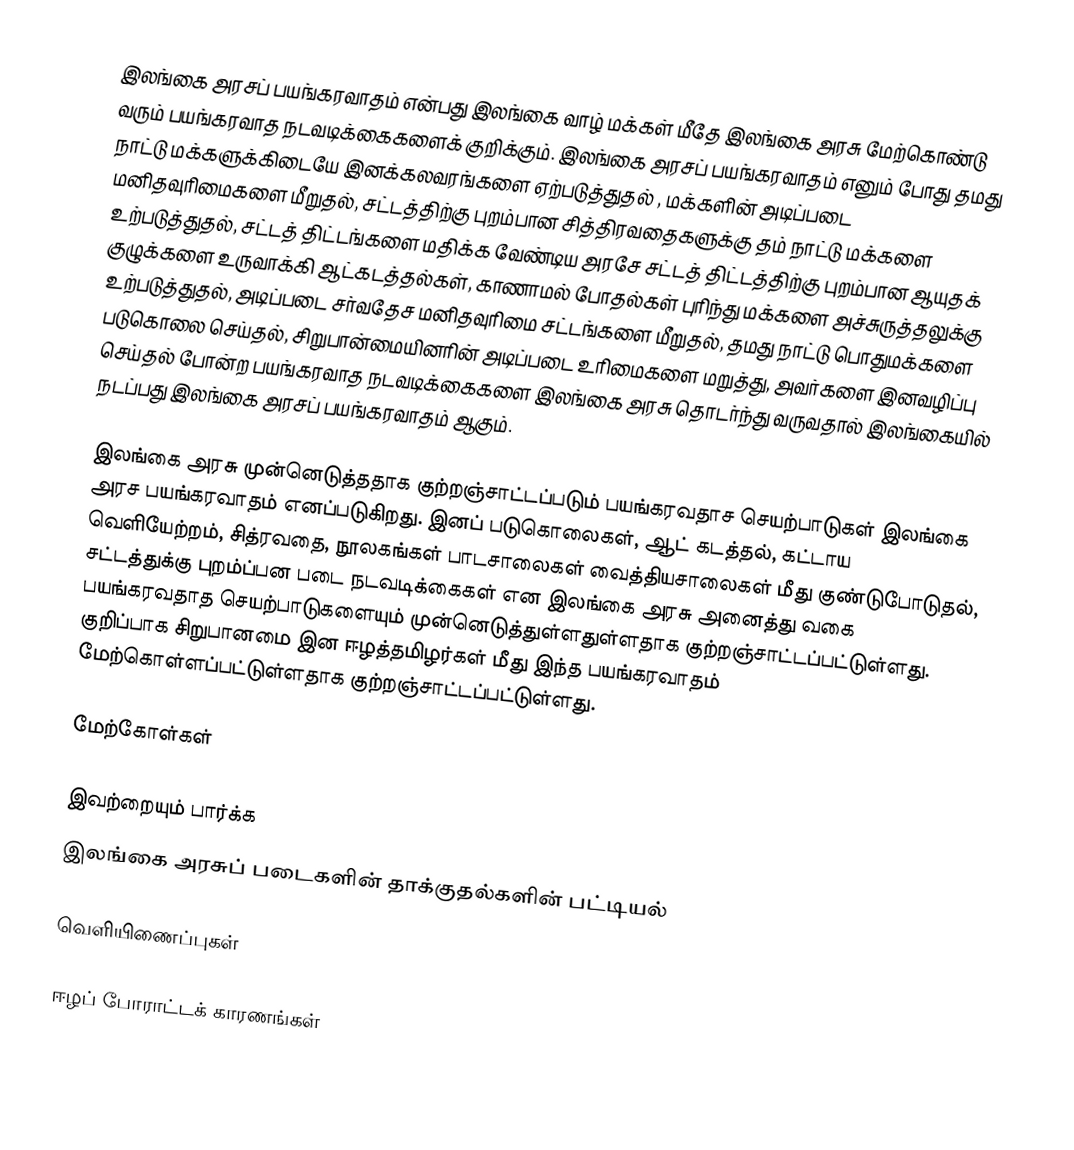
இலங்கை அரசப் பயங்கரவாதம் என்பது இலங்கை வாழ் மக்கள் மீதே இலங்கை அரசு மேற்கொண்டு வரும் பயங்கரவாத நடவடிக்கைகளைக் குறிக்கும். இலங்கை அரசப் பயங்கரவாதம் எனும் போது தமது நாட்டு மக்களுக்கிடையே இனக்கலவரங்களை ஏற்படுத்துதல்  , மக்களின் அடிப்படை மனிதவுரிமைகளை மீறுதல், சட்டத்திற்கு புறம்பான சித்திரவதைகளுக்கு தம் நாட்டு மக்களை உற்படுத்துதல், சட்டத் திட்டங்களை மதிக்க வேண்டிய அரசே சட்டத் திட்டத்திற்கு புறம்பான ஆயுதக் குழுக்களை உருவாக்கி ஆட்கடத்தல்கள், காணாமல் போதல்கள் புரிந்து மக்களை அச்சுருத்தலுக்கு உற்படுத்துதல், அடிப்படை சர்வதேச மனிதவுரிமை சட்டங்களை மீறுதல், தமது நாட்டு பொதுமக்களை படுகொலை செய்தல், சிறுபான்மையினரின் அடிப்படை உரிமைகளை மறுத்து, அவர்களை இனவழிப்பு செய்தல் போன்ற பயங்கரவாத நடவடிக்கைகளை இலங்கை அரசு தொடர்ந்து வருவதால் இலங்கையில் நடப்பது இலங்கை அரசப் பயங்கரவாதம் ஆகும்.

இலங்கை அரசு முன்னெடுத்ததாக குற்றஞ்சாட்டப்படும் பயங்கரவதாச செயற்பாடுகள் இலங்கை அரச பயங்கரவாதம் எனப்படுகிறது. இனப் படுகொலைகள், ஆட் கடத்தல், கட்டாய வெளியேற்றம், சித்ரவதை, நூலகங்கள் பாடசாலைகள் வைத்தியசாலைகள் மீது குண்டுபோடுதல், சட்டத்துக்கு புறம்ப்பன படை நடவடிக்கைகள் என இலங்கை அரசு அனைத்து வகை பயங்கரவதாத செயற்பாடுகளையும் முன்னெடுத்துள்ளதுள்ளதாக குற்றஞ்சாட்டப்பட்டுள்ளது. குறிப்பாக சிறுபானமை இன ஈழத்தமிழர்கள் மீது இந்த பயங்கரவாதம் மேற்கொள்ளப்பட்டுள்ளதாக குற்றஞ்சாட்டப்பட்டுள்ளது.

மேற்கோள்கள்

இவற்றையும் பார்க்க
இலங்கை அரசுப் படைகளின் தாக்குதல்களின் பட்டியல்

வெளியிணைப்புகள்

ஈழப் போராட்டக் காரணங்கள்